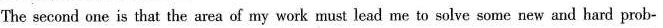
The second one is that the area of my work must lead me to solve some new and hard prob-